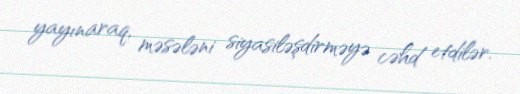
yayınaraq, məsələni siyasiləşdirməyə cəhd etdilər.